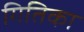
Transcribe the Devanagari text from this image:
गितिका